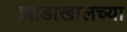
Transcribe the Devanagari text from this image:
झाडाखालच्या